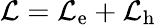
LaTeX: \mathcal{L}=\mathcal{L}_{\mathrm{e}}+\mathcal{L}_{\mathrm{h}}